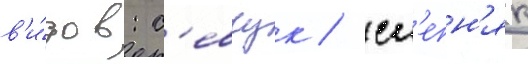
в'и́дов: с'евчук / сл'епн'як